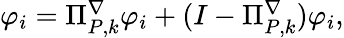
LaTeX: \begin{array}{r}{\varphi_{i}=\Pi_{{P},k}^{\nabla}\varphi_{i}+(I-\Pi_{{P},k}^{\nabla})\varphi_{i},}\end{array}